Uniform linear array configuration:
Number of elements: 8
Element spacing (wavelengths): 0.25
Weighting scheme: binomial
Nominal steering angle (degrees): -45
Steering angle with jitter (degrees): -46.212
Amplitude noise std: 0.05
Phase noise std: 0.05

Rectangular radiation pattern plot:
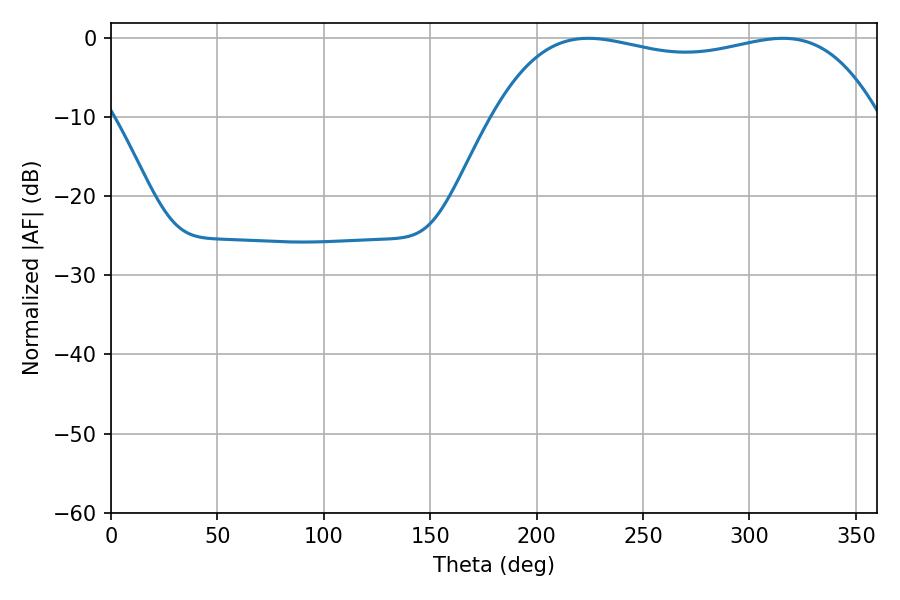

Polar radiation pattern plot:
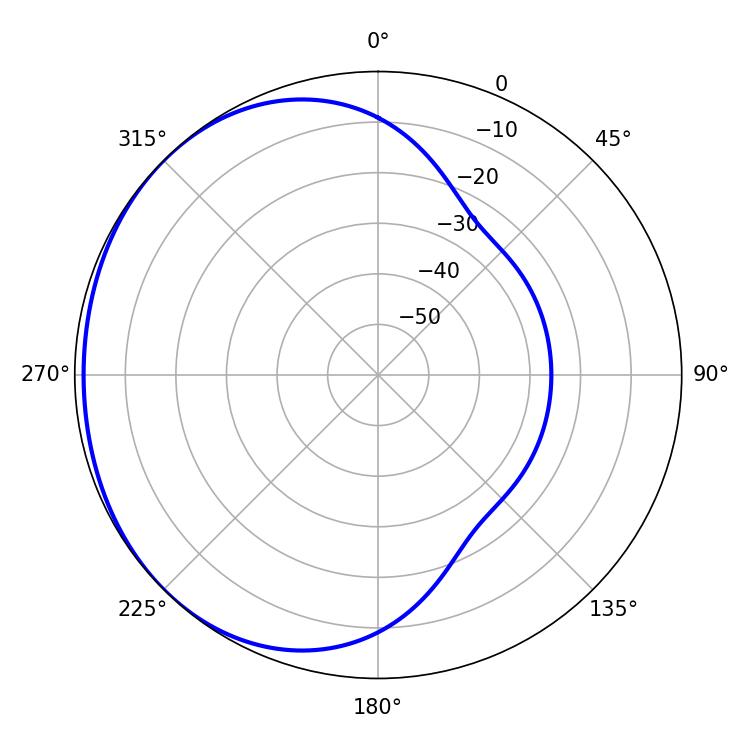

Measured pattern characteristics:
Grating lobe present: FALSE
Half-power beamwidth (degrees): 145.44
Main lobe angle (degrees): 224.28